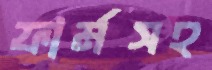
ফার্মসহ